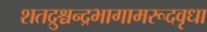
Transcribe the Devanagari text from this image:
शतद्रुश्चन्द्रभागामरूदवृधा